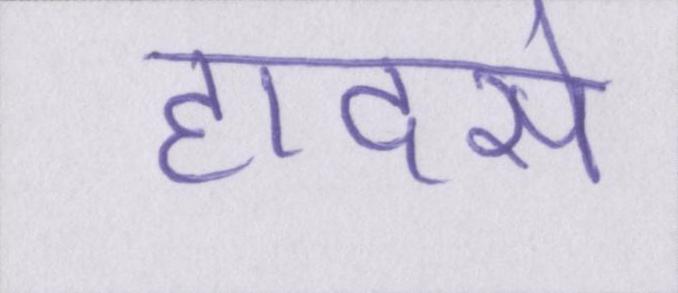
हादसे